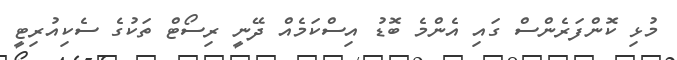
މުޅި ކޮންފަރެންސް ގައި އެންމެ ބޮޑު އިސްކަމެއް ދޭނީ ރިސޯޓް ތަކުގެ ސެކިއުރިޓީ